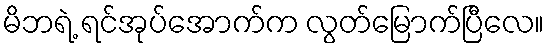
မိဘရဲ့ ရင်အုပ်အောက်က လွတ်မြောက်ပြီလေ။